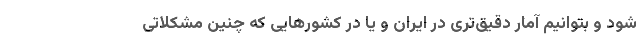
شود و بتوانیم آمار دقیق‌تری در ایران و یا در کشورهایی که چنین مشکلاتی